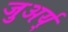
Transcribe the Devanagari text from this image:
जुअर्य्